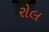
રોલ